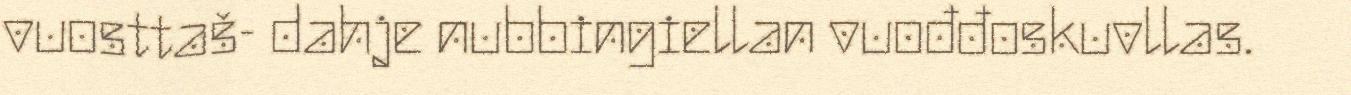
vuosttaš- dahje nubbingiellan vuođđoskuvllas.